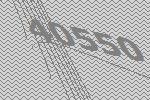
40550